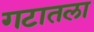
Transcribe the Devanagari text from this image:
गटातला